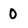
Character: 0